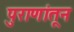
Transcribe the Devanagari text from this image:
पुराणांतून